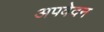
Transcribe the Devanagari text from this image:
अपवेदन